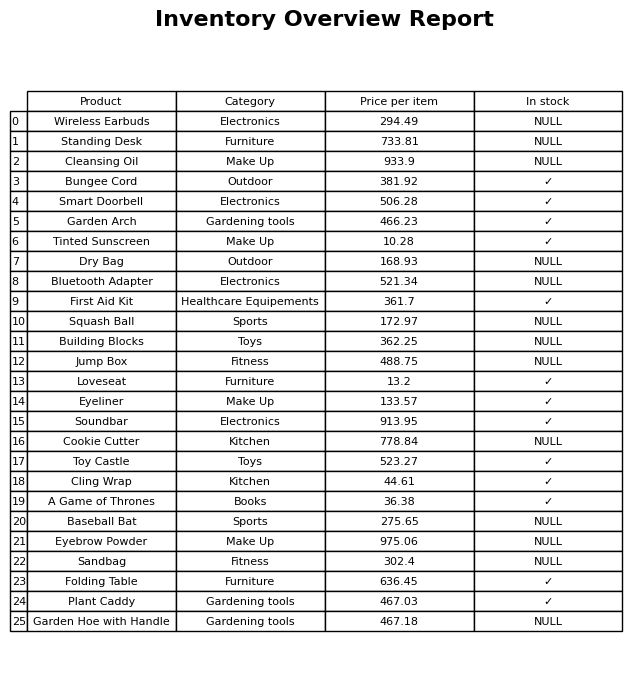
question: What is the price for Toy Castle?
answer: The price of Toy Castle is 523.27.